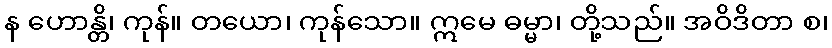
န ဟောန္တိ၊ ကုန်။ တယော၊ ကုန်သော။ ဣမေ ဓမ္မာ၊ တို့သည်။ အဝိဒိတာ စ၊